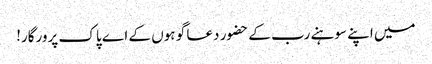
میں اپنے سوہنے رب کے حضور دعا گو ہوں کے اے پاک پرورگار!